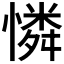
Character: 憐